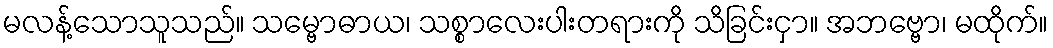
မလန့်သောသူသည်။ သမ္ဗောဓာယ၊ သစ္စာလေးပါးတရားကို သိခြင်းငှာ။ အဘဗ္ဗော၊ မထိုက်။